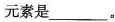
元素是___。